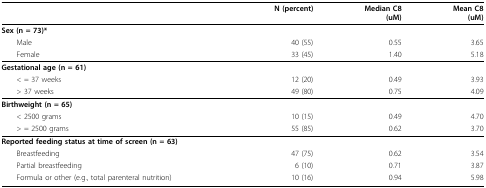
|  | N (percent) | Median C8(uM) | Mean C8(uM) |
 | --- | --- | --- | --- |
 | Sex (n = 73)* |  |  |  |
 | Male | 40 (55) | 0.55 | 3.65 |
 | Female | 33 (45) | 1.40 | 5.18 |
 | Gestational age (n = 61) |  |  |  |
 | < = 37 weeks | 12 (20) | 0.49 | 3.93 |
 | > 37 weeks | 49 (80) | 0.75 | 4.09 |
 | Birthweight (n = 65) |  |  |  |
 | < 2500 grams | 10 (15) | 0.49 | 4.70 |
 | > = 2500 grams | 55 (85) | 0.62 | 3.70 |
 | Reported feeding status at time of screen (n = 63) |  |  |  |
 | Breastfeeding | 47 (75) | 0.62 | 3.54 |
 | Partial breastfeeding | 6 (10) | 0.71 | 3.87 |
 | Formula or other (e.g., total parenteral nutrition) | 10 (16) | 0.94 | 5.98 |